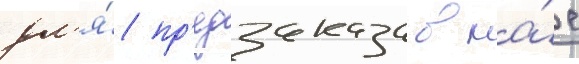
дл'я́ пр'едзаказа в ма́е